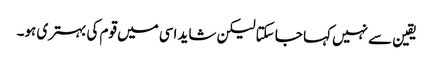
یقین سے نہیں کہا جا سکتا لیکن شاید اسی میں قوم کی بہتری ہو۔